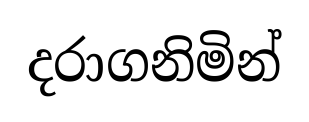
දරාගනිමින්